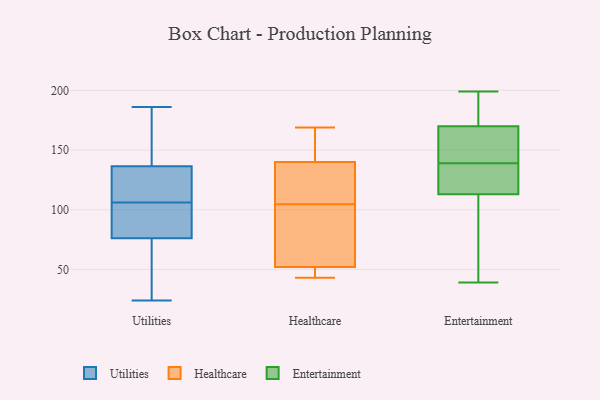
{"axis": {"x": "Humidity (%)", "y": "Value"}, "legend": ["Entertainment", "Healthcare", "Utilities"], "data": [{"x": "", "y": 186, "type": "Utilities"}, {"x": "", "y": 57, "type": "Utilities"}, {"x": "", "y": 114, "type": "Utilities"}, {"x": "", "y": 184, "type": "Utilities"}, {"x": "", "y": 152, "type": "Utilities"}, {"x": "", "y": 106, "type": "Utilities"}, {"x": "", "y": 67, "type": "Utilities"}, {"x": "", "y": 181, "type": "Utilities"}, {"x": "", "y": 121, "type": "Utilities"}, {"x": "", "y": 25, "type": "Utilities"}, {"x": "", "y": 106, "type": "Utilities"}, {"x": "", "y": 85, "type": "Utilities"}, {"x": "", "y": 89, "type": "Utilities"}, {"x": "", "y": 24, "type": "Utilities"}, {"x": "", "y": 90, "type": "Utilities"}, {"x": "", "y": 116, "type": "Utilities"}, {"x": "", "y": 52, "type": "Healthcare"}, {"x": "", "y": 43, "type": "Healthcare"}, {"x": "", "y": 169, "type": "Healthcare"}, {"x": "", "y": 134, "type": "Healthcare"}, {"x": "", "y": 140, "type": "Healthcare"}, {"x": "", "y": 151, "type": "Healthcare"}, {"x": "", "y": 63, "type": "Healthcare"}, {"x": "", "y": 44, "type": "Healthcare"}, {"x": "", "y": 118, "type": "Healthcare"}, {"x": "", "y": 91, "type": "Healthcare"}, {"x": "", "y": 113, "type": "Entertainment"}, {"x": "", "y": 52, "type": "Entertainment"}, {"x": "", "y": 199, "type": "Entertainment"}, {"x": "", "y": 197, "type": "Entertainment"}, {"x": "", "y": 136, "type": "Entertainment"}, {"x": "", "y": 153, "type": "Entertainment"}, {"x": "", "y": 142, "type": "Entertainment"}, {"x": "", "y": 39, "type": "Entertainment"}, {"x": "", "y": 170, "type": "Entertainment"}, {"x": "", "y": 133, "type": "Entertainment"}]}